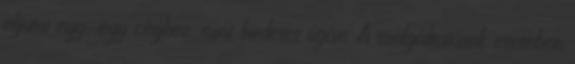
eljutni egy-egy céghez, mint hirdetés útján. A szolgáltatások esetében